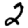
Digit: 2